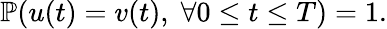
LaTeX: \mathbb{P}(u(t)=v(t),\; \forall 0\leq t\leq T)=1.